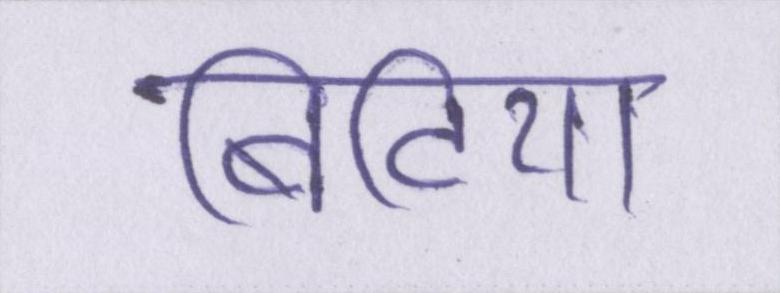
बिटिया